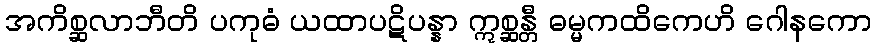
အကိစ္ဆလာဘီတိ ပကုဓံ ယထာပဋိပန္နာ ဣစ္ဆန္တီ ဓမ္မကထိကေဟိ ဂေါနကော